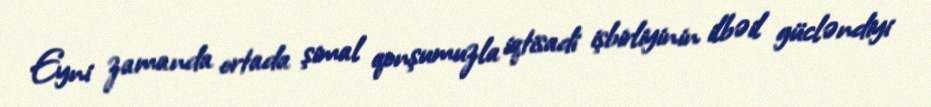
Eyni zamanda ortada şimal qonşumuzla iqtisadi işbirliyinin ilbəil gücləndiyi